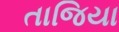
તાજિયા